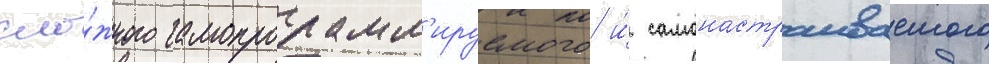
сло́жного самопрограмм'ируемого и́ самонастраиваемого